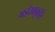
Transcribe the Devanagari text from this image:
षड्रेखाकृति